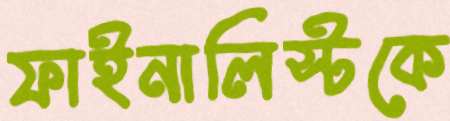
ফাইনালিস্টকে